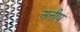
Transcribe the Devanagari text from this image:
अनीष